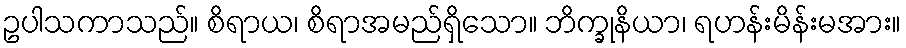
ဥပါသကာသည်။ စိရာယ၊ စိရာအမည်ရှိသော။ ဘိက္ခုနိယာ၊ ရဟန်းမိန်းမအား။